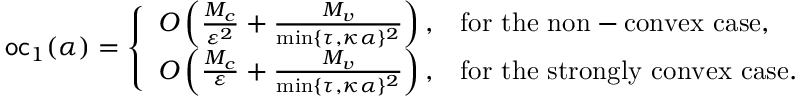
\mathsf { o c } _ { 1 } ( \alpha ) = \left\{ \begin{array} { l l } { { \cal O } \left( \frac { M _ { c } } { \varepsilon ^ { 2 } } + \frac { M _ { v } } { \operatorname* { m i n } \{ { \tau , \kappa \alpha \} ^ { 2 } } } \right) , } & { \mathrm { f o r ~ t h e ~ n o n - c o n v e x ~ c a s e , } } \\ { { \cal O } \left( \frac { M _ { c } } { \varepsilon } + \frac { M _ { v } } { \operatorname* { m i n } \{ { \tau , \kappa \alpha \} ^ { 2 } } } \right) , } & { \mathrm { f o r ~ t h e ~ s t r o n g l y ~ c o n v e x ~ c a s e . } } \end{array} \right.